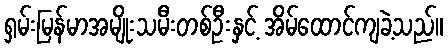
ရှမ်းမြန်မာအမျိုးသမီးတစ်ဦးနှင့် အိမ်ထောင်ကျခဲ့သည်။